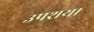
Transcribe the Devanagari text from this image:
उपशय।